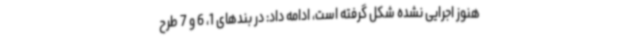
هنوز اجرایی نشده شکل گرفته است، ادامه داد: در بندهای 1، 6 و 7 طرح